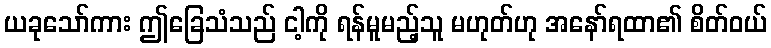
ယခုသော်ကား ဤခြေသံသည် ငါ့ကို ရန်မူမည့်သူ မဟုတ်ဟု အနော်ရထာ၏ စိတ်ဝယ်